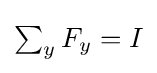
{\textstyle \sum _{y}F_{y}=I}